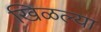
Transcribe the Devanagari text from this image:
खिळल्या